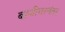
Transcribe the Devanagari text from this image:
बाजीगरनंतर